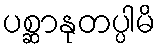
ပစ္ဆာနုတပ္ပါမိ